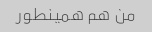
من هم همینطور